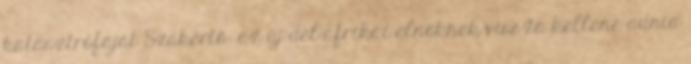
katasztrófáját Szakértő: az új dél-afrikai elnöknek vissza kellene adnia